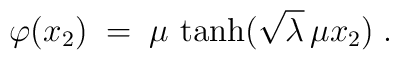
\varphi(x_2) \;=\; \mu \, \tanh (\sqrt{\lambda}\, \mu x_2) \;.